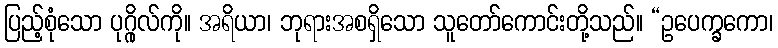
ပြည့်စုံသော ပုဂ္ဂိုလ်ကို။ အရိယာ၊ ဘုရားအစရှိသော သူတော်ကောင်းတို့သည်။ “ဥပေက္ခကော၊